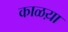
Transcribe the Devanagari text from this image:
काळय़ा